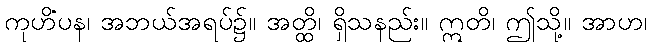
ကုဟိံပန၊ အဘယ်အရပ်၌။ အတ္ထိ၊ ရှိသနည်း။ ဣတိ၊ ဤသို့။ အာဟ၊